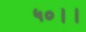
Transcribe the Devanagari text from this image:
५०।।